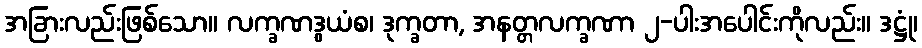
အခြားလည်းဖြစ်သော။ လက္ခဏဒွယံစ၊ ဒုက္ခတာ, အနတ္တလက္ခဏာ ၂-ပါးအပေါင်းကိုလည်း။ ဒဋ္ဌုံ၊